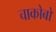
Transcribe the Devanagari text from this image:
चाकोबो